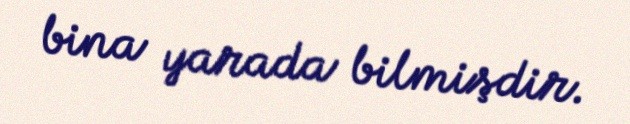
bina yarada bilmişdir.